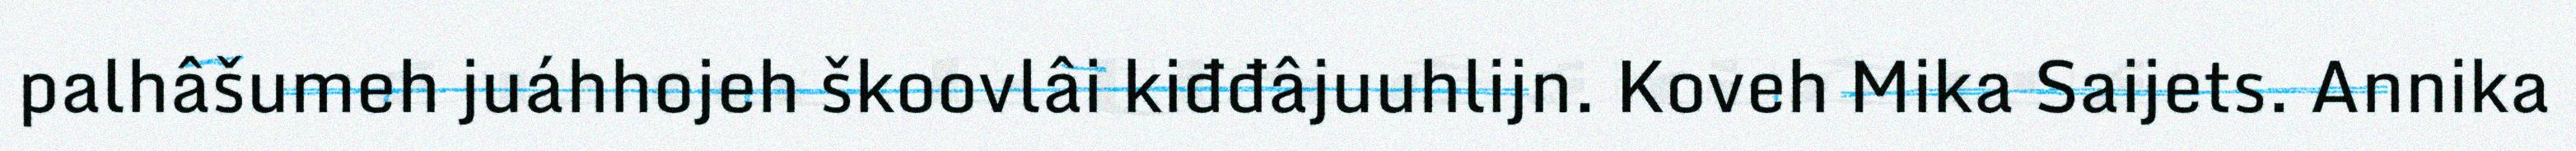
palhâšumeh juáhhojeh škoovlâi kiđđâjuuhlijn. Koveh Mika Saijets. Annika